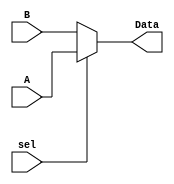
`timescale 1ns/1ns
module Mux (A, B, sel, Data);
    parameter size = 10;
    input [size-1:0] A, B;
    input sel;
    output [size-1:0] Data;
    assign Data = sel ? A : B;

endmodule